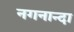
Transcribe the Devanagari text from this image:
नगनान्दा